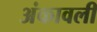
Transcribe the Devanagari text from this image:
अंकावली